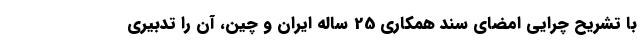
با تشریح چرایی امضای سند همکاری 25 ساله ایران و چین، آن را تدبیری